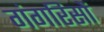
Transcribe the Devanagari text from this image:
गंगरिसों